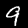
Label: 9